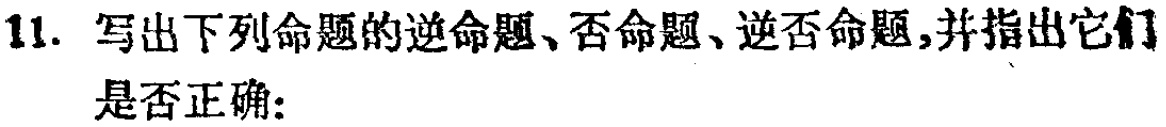
11. 写出下列命题的逆命题、否命题、逆否命题,并指出它们是否正确: